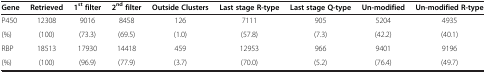
<table><thead><tr><td><b>Gene</b></td><td><b>Retrieved</b></td><td><b>1<sup>st </sup>filter</b></td><td><b>2<sup>nd </sup>filter</b></td><td><b>Outside Clusters</b></td><td><b>Last stage R-type</b></td><td><b>Last stage Q-type</b></td><td><b>Un-modified</b></td><td><b>Un-modified R-type</b></td></tr></thead><tbody><tr><td>P450</td><td>12308</td><td>9016</td><td>8458</td><td>126</td><td>7111</td><td>905</td><td>5204</td><td>4935</td></tr><tr><td>(%)</td><td>(100)</td><td>(73.3)</td><td>(69.5)</td><td>(1.0)</td><td>(57.8)</td><td>(7.3)</td><td>(42.2)</td><td>(40.1)</td></tr><tr><td>RBP</td><td>18513</td><td>17930</td><td>14418</td><td>459</td><td>12953</td><td>966</td><td>9401</td><td>9196</td></tr><tr><td>(%)</td><td>(100)</td><td>(96.9)</td><td>(77.9)</td><td>(3.7)</td><td>(70.0)</td><td>(5.2)</td><td>(76.4)</td><td>(49.7)</td></tr></tbody></table>